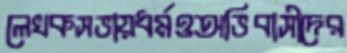
লেখকসভায়ধর্মওঅভিবাসীদের